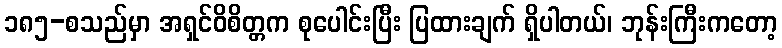
၁၈၅-စသည်မှာ အရှင်ဝိစိတ္တက စုပေါင်းပြီး ပြထားချက် ရှိပါတယ်၊ ဘုန်းကြီးကတော့